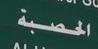
الحصبة